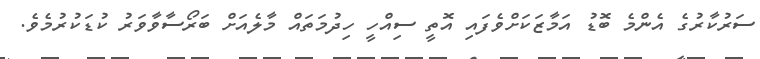
ސަރުކާރުގެ އެންމެ ބޮޑު އަމާޒަކަށްވެފައި އޮތީ ސިއްހީ ހިދުމަތައް މާލެއަށް ބަރޯސާވާވަރު ކުޑަކުރުމެވެ.